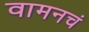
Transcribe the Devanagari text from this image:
वामनचं